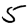
Digit: 5